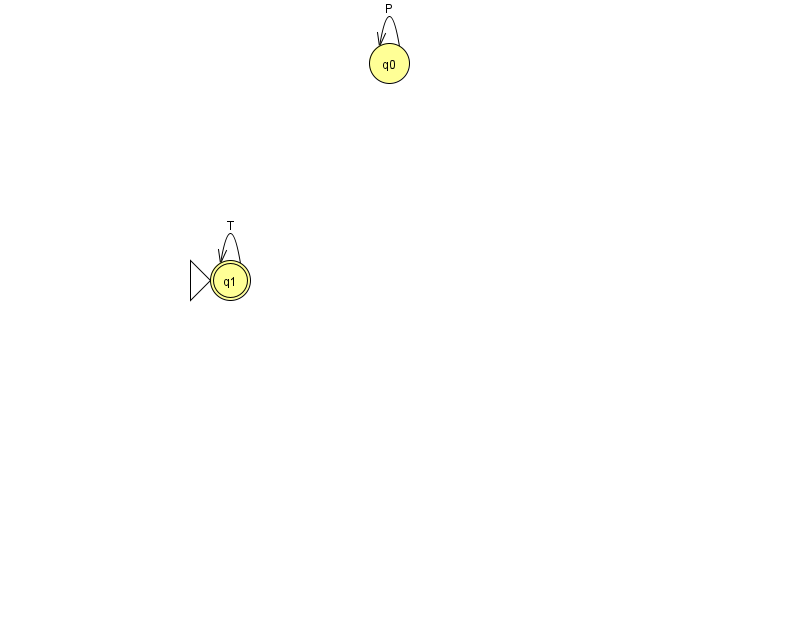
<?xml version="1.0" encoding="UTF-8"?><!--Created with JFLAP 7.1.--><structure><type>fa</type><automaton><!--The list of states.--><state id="0" name="q0"><x>389.0</x><y>50.0</y></state><state id="1" name="q1"><x>230.0</x><y>267.0</y><initial/><final/></state><!--The list of transitions.--><transition><from>0</from><to>0</to><read>P</read></transition><transition><from>1</from><to>1</to><read>T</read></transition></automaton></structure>